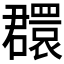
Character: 𦌺